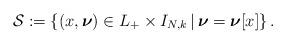
LaTeX: \begin{align*}\mathcal{S}:=\left\{ (x, \boldsymbol{\nu}) \in L_{+}\times I_{N, k} \, | \, \boldsymbol{\nu}=\boldsymbol{\nu}[x]\right\}. \end{align*}